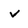
Character: v